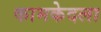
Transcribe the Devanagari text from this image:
कामकेदला